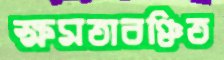
ক্ষমতাবঞ্চিত